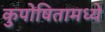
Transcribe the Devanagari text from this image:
कुपोषितामध्ये